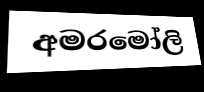
අමරමෝලි